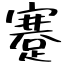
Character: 蹇